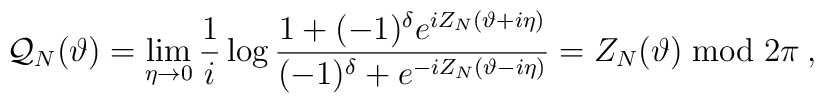
{\cal Q}_{N}(\vartheta )=\mathop {\lim }_{\eta \rightarrow 0}\frac{1}{i}\log \frac{1+(-1)^{\delta }e^{iZ_{N}(\vartheta +i\eta )}}{(-1)^{\delta }+e^{-iZ_{N}(\vartheta -i\eta )}}=Z_{N}(\vartheta )\bmod 2\pi \: ,